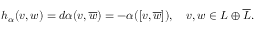
h _ { \alpha } ( v , w ) = d \alpha ( v , { \overline { { w } } } ) = - \alpha ( [ v , { \overline { { w } } } ] ) , \quad v , w \in L \oplus { \overline { { L } } } .